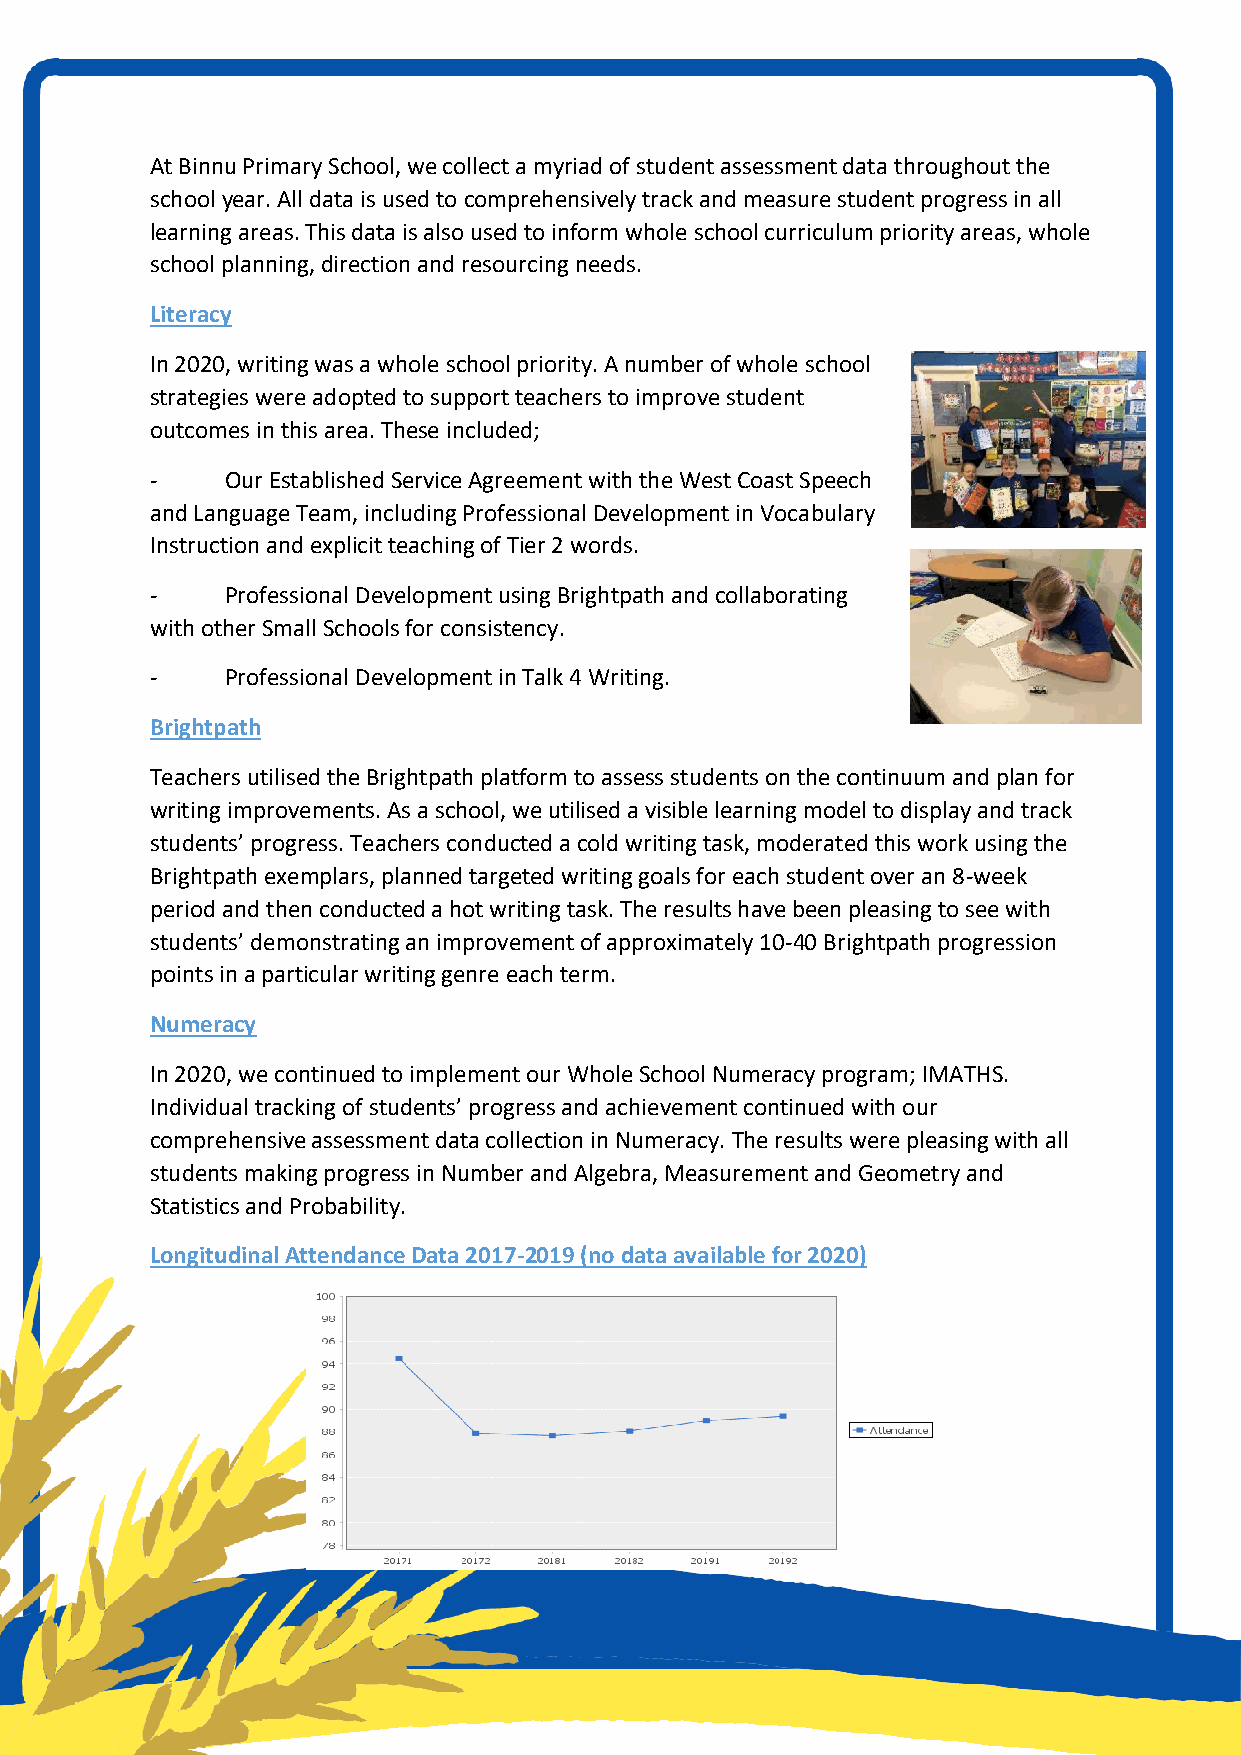
At Binnu Primary School, we collect a myriad of student assessment data throughout the
 school year. All data is used to comprehensively track and measure student progress in all
 learning areas. This data is also used to inform whole school curriculum priority areas, whole
 school planning, direction and resourcing needs.
 Literacy
 In 2020, writing was a whole school priority. A number of whole school
 strategies were adopted to support teachers to improve student
 outcomes in this area. These included;
 -    Our Established Service Agreement with the West Coast Speech
 and Language Team, including Professional Development in Vocabulary
 Instruction and explicit teaching of Tier 2 words.
 -    Professional Development using Brightpath and collaborating
 with other Small Schools for consistency.
 -    Professional Development in Talk 4 Writing.
 Brightpath
 Teachers utilised the Brightpath platform to assess students on the continuum and plan for
 writing improvements. As a school, we utilised a visible learning model to display and track
 students’ progress. Teachers conducted a cold writing task, moderated this work using the
 Brightpath exemplars, planned targeted writing goals for each student over an 8-week
 period and then conducted a hot writing task. The results have been pleasing to see with
 students’ demonstrating an improvement of approximately 10-40 Brightpath progression
 points in a particular writing genre each term.
 Numeracy
 In 2020, we continued to implement our Whole School Numeracy program; IMATHS.
 Individual tracking of students’ progress and achievement continued with our
 comprehensive assessment data collection in Numeracy. The results were pleasing with all
 students making progress in Number and Algebra, Measurement and Geometry and
 Statistics and Probability.
 Longitudinal Attendance Data 2017-2019 (no data available for 2020)